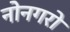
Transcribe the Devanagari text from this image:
नोनगरो